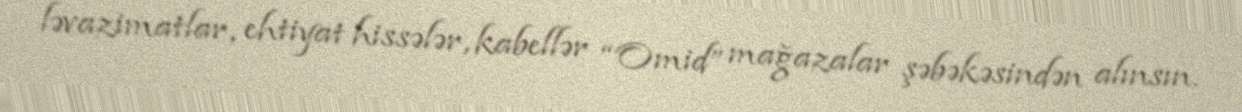
ləvazimatlar, ehtiyat hissələr, kabellər “Omid” mağazalar şəbəkəsindən alınsın.